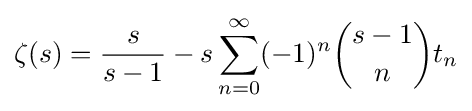
\zeta (s)={\frac {s}{s-1}}-s\sum _{n=0}^{\infty }(-1)^{n}{s-1 \choose n}t_{n}